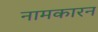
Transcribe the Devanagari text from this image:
नामकारन